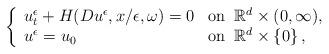
LaTeX: \begin{align*}\left\{ \begin{array}{ll} u^\epsilon_t+H(Du^\epsilon,x/\epsilon,\omega)=0 & \textrm{on}\;\;\mathbb{R}^d\times(0,\infty), \\ u^\epsilon=u_0 & \textrm{on}\;\;\mathbb{R}^d\times\left\{0\right\},\end{array}\right.\end{align*}